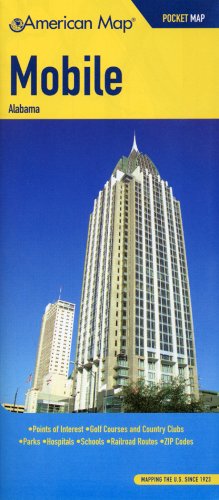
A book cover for American Map Mobile, Alabama Pocket Map; Travel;